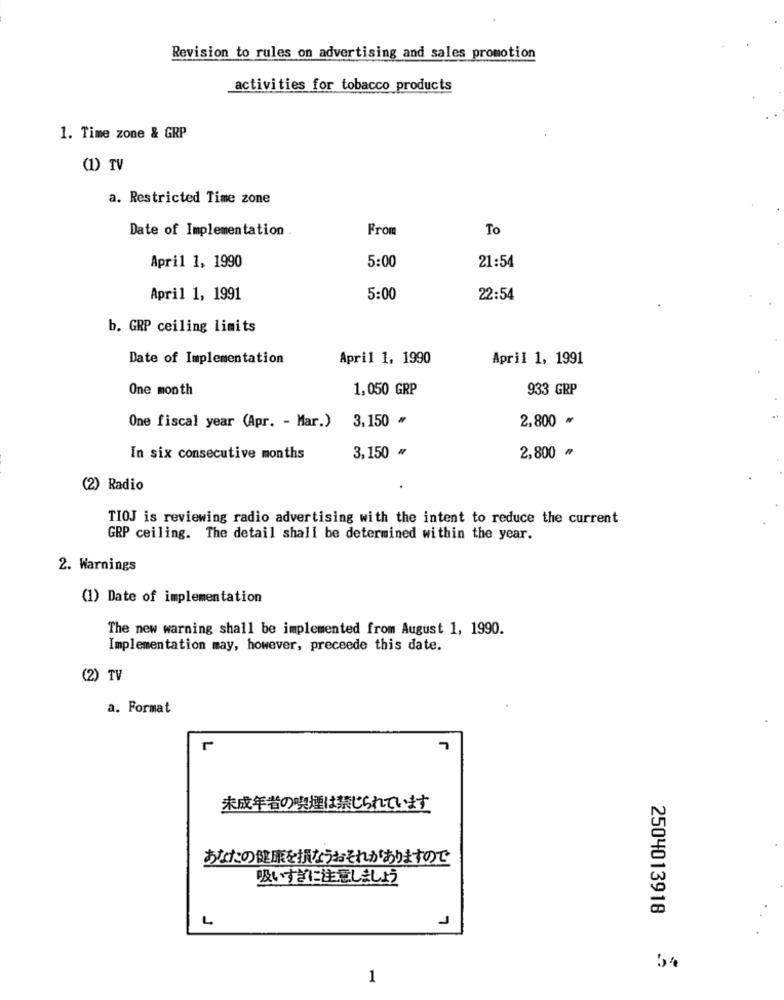
Revision to rules on advertising and sales promotion
activities for tobacco products
1. Time zone & GRP
(1) TV
a. Restricted Time zone
Date of Implementation
From
To
April 1, 1990
5:00
21:54
April 1, 1991
5:00
22:54
b. GRP ceiling limits
Date of Implementation
April 1, 1990
April 1, 1991
One month
1,050 GRP
933 GRP
3.150 *
2,800 *
One fiscal year (Apr. - Mar.)
3,150 ₦
2,800 ₥
In six consecutive months
(2) Radio
TIOJ is reviewing radio advertising with the intent to reduce the current
GRP ceiling. The detail shall be determined within the year.
2. Warnings
(1) Date of implementation
The new warning shall be implemented from August 1, 1990.
Implementation may, however, preceede this date.
(2) TV
a. Format
未成年者の喫煙は禁じられています
あなたの健康を損なうおそれがありますので
吸いすぎに注意しましょう
2504013918
4
1